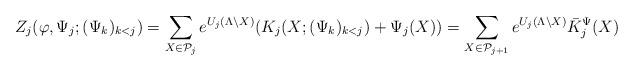
LaTeX: \begin{align*} Z_j (\varphi, \Psi_j ; (\Psi_k)_{k<j} ) = \sum_{X\in \mathcal{P}_{j}} e^{U_j (\Lambda \backslash X)} (K_j (X ; (\Psi_k)_{k<j} ) + \Psi_j (X) ) = \sum_{X\in \mathcal{P}_{j+1}} e^{U_j (\Lambda \backslash X)} \bar{K}^{\Psi}_j (X)\end{align*}